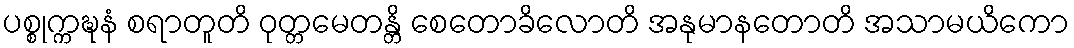
ပစ္စုက္ကဍ္ဎနံ စရာတူတိ ဝုတ္တမေတန္တိ စေတောခိလောတိ အနုမာနတောတိ အသာမယိကော